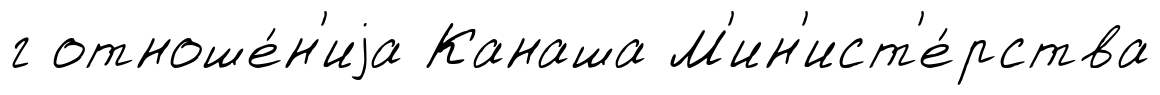
г отноше́н'иjа Канаша М'ин'ист'е́рства